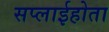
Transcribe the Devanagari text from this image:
सप्लाईहोता